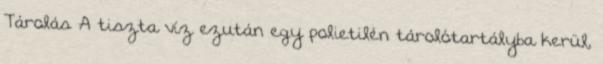
Tárolás A tiszta víz ezután egy polietilén tárolótartályba kerül,